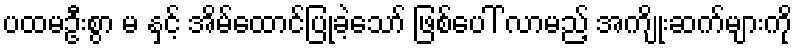
ပထမဦးစွာ မ နှင့် အိမ်ထောင်ပြုခဲ့သော် ဖြစ်ပေါ် လာမည့် အကျိုးဆက်များကို